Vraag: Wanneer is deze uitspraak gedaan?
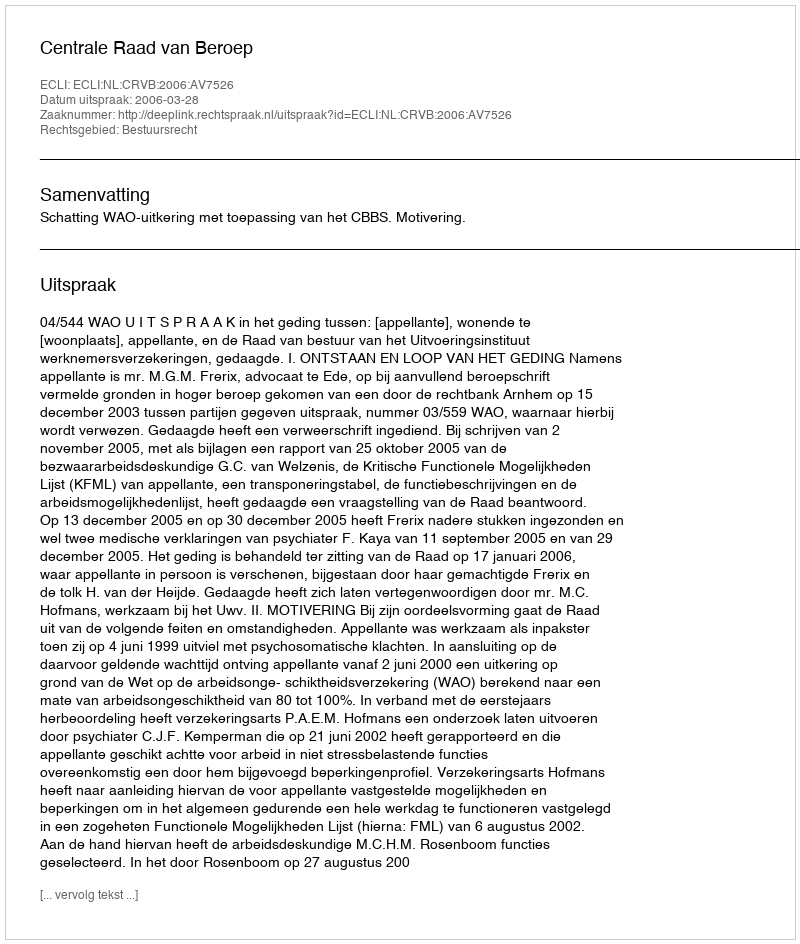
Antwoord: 2006-03-28